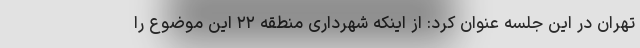
تهران در این جلسه عنوان کرد: از اینکه شهرداری منطقه ۲۲ این موضوع را